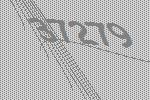
37279